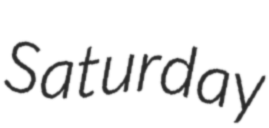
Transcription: Saturday